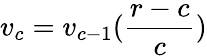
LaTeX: v_{c}=v_{c-1}(\frac{r-c}{c})